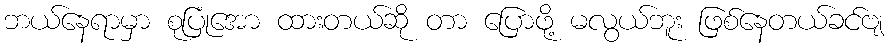
ဘယ်နေရာမှာ စုပြုံအော ထားတယ်ဆို တာ ပြောဖို့ မလွယ်ဘူး ဖြစ်နေတယ်ခင်ဗျ